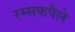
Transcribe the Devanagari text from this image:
रम्सकपैले